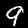
Label: 9